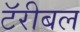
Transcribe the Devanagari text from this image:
टॅरीबल